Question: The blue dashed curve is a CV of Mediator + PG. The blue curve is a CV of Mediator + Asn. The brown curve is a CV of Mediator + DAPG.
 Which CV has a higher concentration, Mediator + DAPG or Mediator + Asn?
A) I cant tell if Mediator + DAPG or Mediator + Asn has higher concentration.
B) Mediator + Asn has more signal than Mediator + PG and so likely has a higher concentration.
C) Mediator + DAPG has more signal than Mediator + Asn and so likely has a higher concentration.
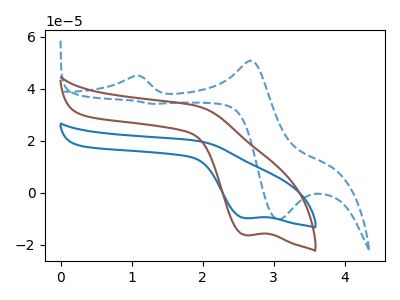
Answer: <think>The blue dashed curve "Mediator + PG" has anodic peaks at (1.05V, 44.95uA) (2.70V, 50.75uA) and cathodic peaks at (3.05V, -10.25uA) (1.30V, 34.20uA). The blue curve "Mediator + Asn" has a cathodic peak at: (2.60V, -9.75uA). The brown curve "Mediator + DAPG" has a cathodic peak at: (2.60V, -16.30uA).
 All the peaks in "Mediator + DAPG" have a peak in "Mediator + Asn" at the same potential. Every peak in "Mediator + DAPG" is higher than every peak in "Mediator + Asn".</think>
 <answer>C) "Mediator + DAPG" has more signal than "Mediator + Asn" and so likely has a higher concentration.</answer>
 <eval>C</eval>